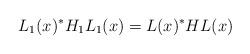
LaTeX: \begin{align*}L_{1}(x) ^{\ast}H_{1}L_{1}(x) =L(x) ^{\ast}HL(x) \end{align*}